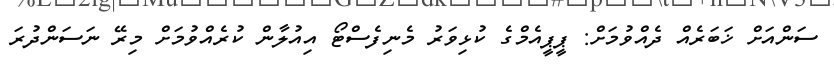
ސަންއަށް ޚަބަރެއް ދެއްވުމަށް: ޕީޕީއެމްގެ ކުޅިވަރު މެނިފެސްޓޯ އިއުލާން ކުރެއްވުމަށް މިރޭ ނަސަންދުރަ